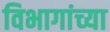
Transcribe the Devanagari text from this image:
विभागांच्‍या